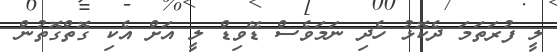
ލީ ފުރަތަމަ ދެކޮޅު ހެދި ނަމަވެސް ޑޭވިޑް ލީ އަށް އެކި ގޮތްގޮތުން